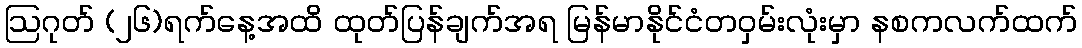
ဩဂုတ် (၂၆)ရက်နေ့အထိ ထုတ်ပြန်ချက်အရ မြန်မာနိုင်ငံတဝှမ်းလုံးမှာ နစကလက်ထက်